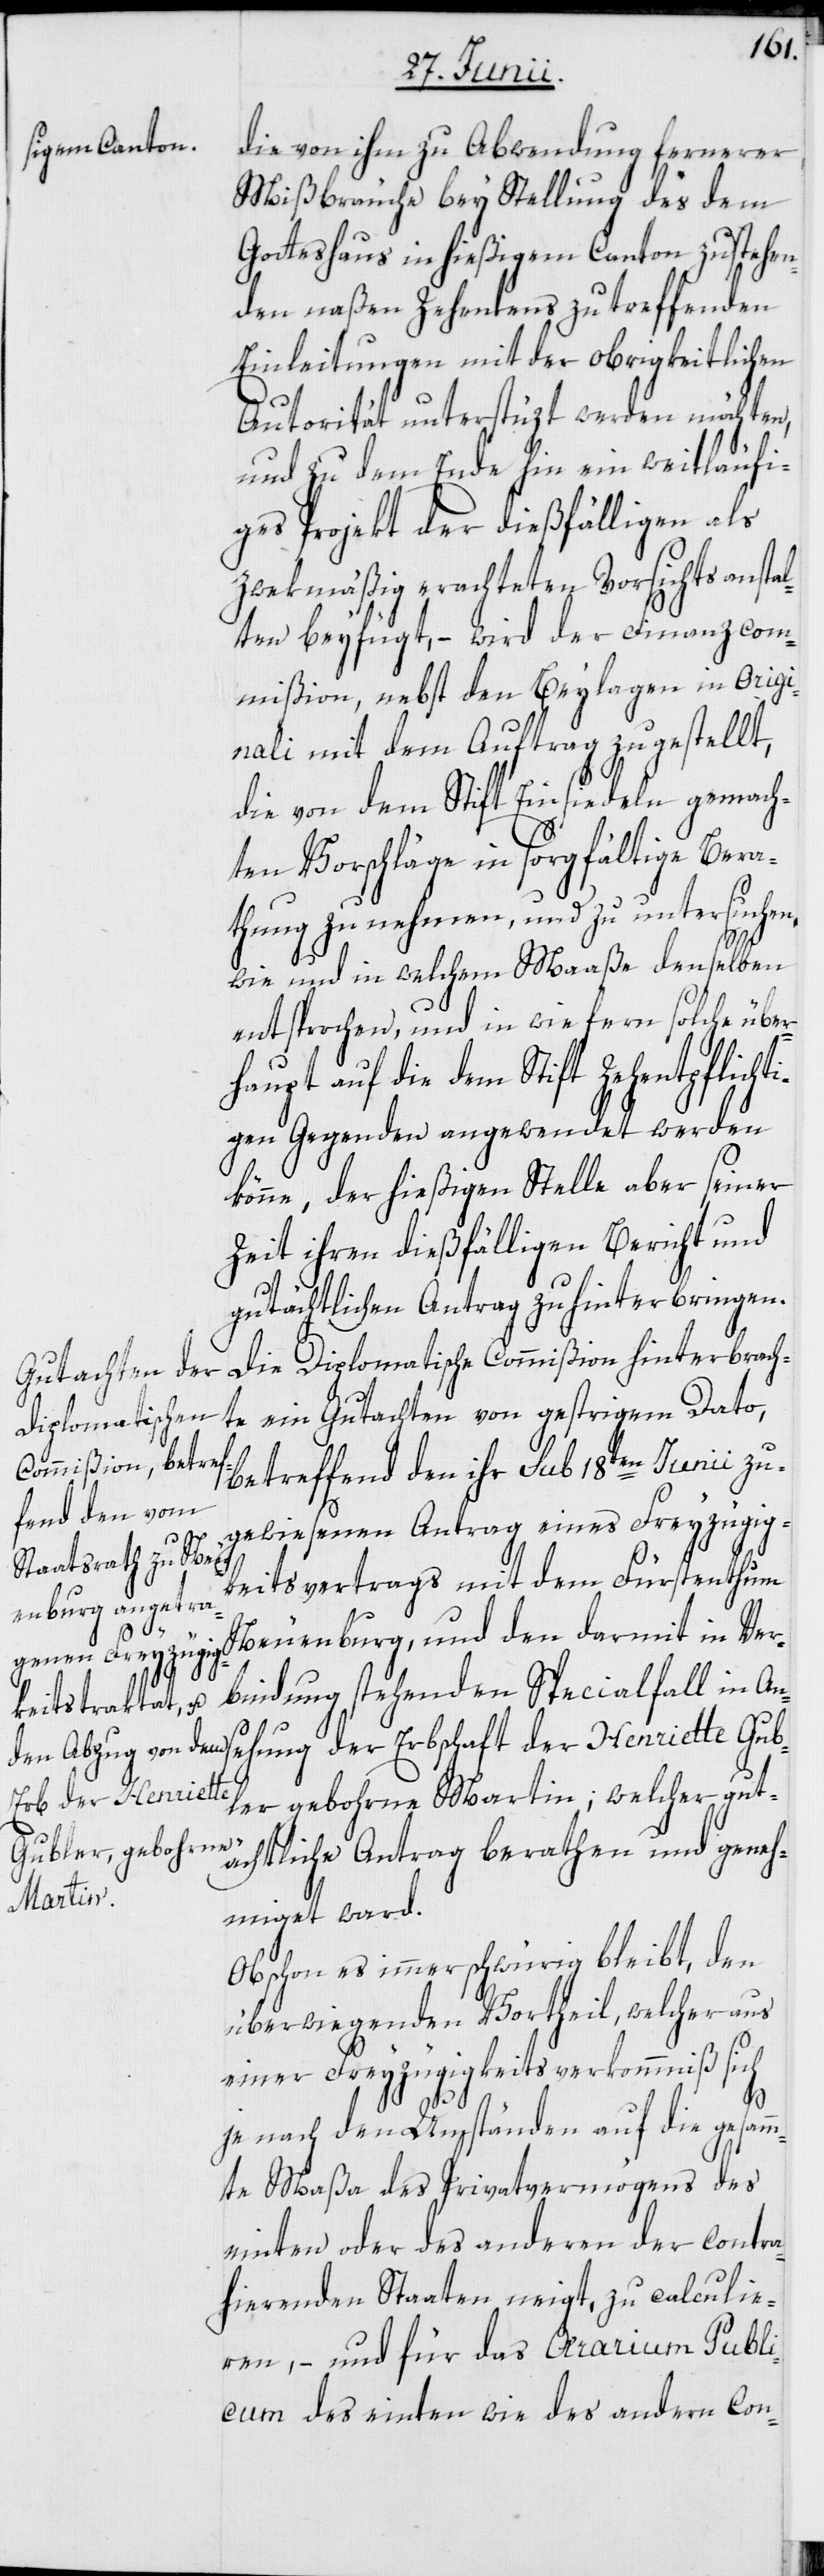
die von ihm zu Abwendung fernerer
Mißbräuche bey Stellung des dem
Gotteshaus in hießigem Canton zustehen¬
den naßen Zehentens zu treffenden
Einleitungen mit der obrigkeitlichen
Autorität unterstüzt werden möchten,
und zu dem Ende hin ein weitläufi¬
ges Projekt der dießfälligen als
zwekmäßig erachteten Vorsichtsanstal¬
ten beyfügt, – wird der Finanzcom¬
mißion, nebst den Beylagen in origi¬
nali mit dem Auftrag zugestellt,
die von dem Stift Einsiedeln gemach¬
ten Vorschläge in sorgfältige Bera¬
thung zu nehmen, und zu untersuchen,
wie und in welchem Maaße denselben
entsprochen, und in wie fern solche über¬
haupt auf die dem Stift Zehentpflichti¬
gen Gegenden angewendet werden
könne, der hießigen Stelle aber seiner
Zeit ihren dießfälligen Bericht und
der
gutächtlichen Antrag zu hinterbringen.
Die Diplomatische Commißion hinterbrach¬
te ein Gutachten von gestrigem Dato,
betreffend den ihr sub 18ten Junii zu¬
gewiesenen Antrag eines Freyzügig¬
Gub¬
keitsvertrags mit dem Fürstenthum
Neuenburg, und den darmit in Ver¬
bindung stehenden Specialfall in An¬
Erbschaf¬
t der Henriette
ler gebohrne Martin; welcher gut¬
ächtliche Antrag berathen und geneh¬
sehung
miget ward.
Obschon es immer schwürig bleibt, den
überwiegenden Vortheil, welcher aus
einer Freyzügigskeitsverkommniß sich
je nach den Umständen auf die gesamm¬
te Maßa des Privatvermögens des
einten oder des anderen der contra¬
hierenden Staaten neigt, zu calculie¬
ren, – und für das Aerarium Publi¬
cum des einten wie des andern con-